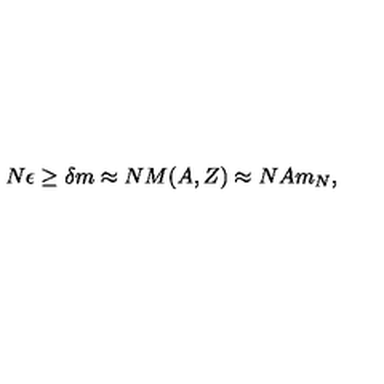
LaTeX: N \epsilon \geq \delta m \approx N M ( A , Z ) \approx N A m _ { N } ,